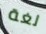
لغة